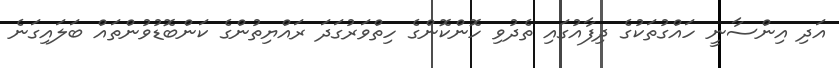
އަދި އިންސާނީ ހައްގުތަކުގެ ދިފާއުގައި ތެދުވި ހޮންކޮންގެ ހިތްވަރުގަދަ ރައްޔިތުންގެ ކަންބޮޑުވުންތައް ބަލައިގަނެ